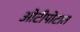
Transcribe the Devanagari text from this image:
ओटीपोटात